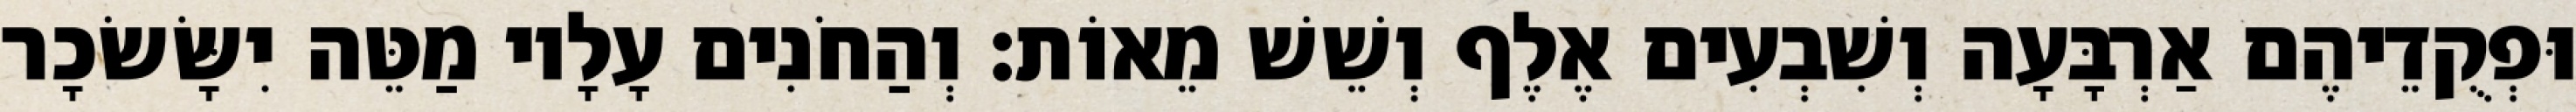
וּפְקֻדֵיהֶם אַרְבָּעָה וְשִׁבְעִים אֶלֶף וְשֵׁשׁ מֵאוֹת׃ וְהַחֹנִים עָלָיו מַטֵּה יִשָּׂשׂכָר